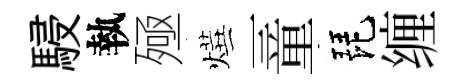
駸執殛燁一童琵缠